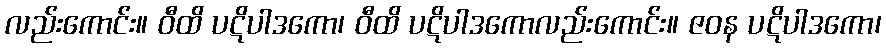
လည်းကောင်း။ ဝီထိ ပဋိပါဒကော၊ ဝီထိ ပဋိပါဒကောလည်းကောင်း။ ဇဝန ပဋိပါဒကော၊